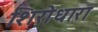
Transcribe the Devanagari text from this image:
शिरोधारा